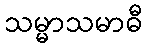
သမ္မာသမာဓီ